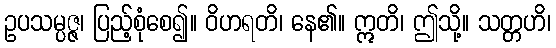
ဥပသမ္ပဇ္ဇ၊ ပြည့်စုံစေ၍။ ဝိဟရတိ၊ နေ၏။ ဣတိ၊ ဤသို့။ သတ္တဟိ၊